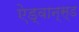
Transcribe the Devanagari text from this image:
ऐड्वान्स्ड